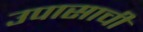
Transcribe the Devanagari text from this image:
उपासाची